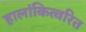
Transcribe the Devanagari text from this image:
हालांकित्वरित